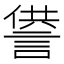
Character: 𧨻